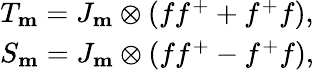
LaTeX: \begin{array}{cccc}{{T_{\mathbf m}=J_{\mathbf m}\otimes(ff^{+}+f^{+}f),}}\\ {{S_{\mathbf m}=J_{\mathbf m}\otimes(ff^{+}-f^{+}f),}}\end{array}